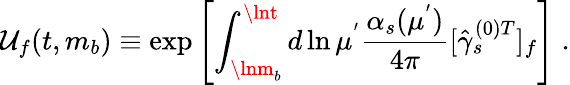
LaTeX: \mathcal{U}_{f}(t,m_{b})\equiv\exp\left[\int_{\lnm_{b}}^{\lnt}d\ln\mu^{'}{\frac{{\alpha_{s}(\mu^{'})}}{{4\pi}}}[{\hat{{\gamma}}_{s}^{(0)T}}]_{f}\right]\; .